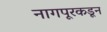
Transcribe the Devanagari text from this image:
नागपूरकडून